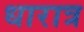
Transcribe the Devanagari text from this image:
धारात्र